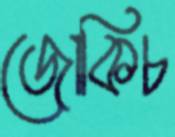
জোকিচ